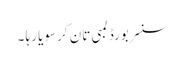
سنسر بورڈ لمبی تان کر سویا رہا ۔